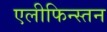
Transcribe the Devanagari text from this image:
एलीफिन्स्तन